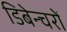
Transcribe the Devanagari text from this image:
डिबेन्‍चरों